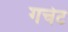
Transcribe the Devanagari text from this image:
गचेट